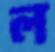
ল